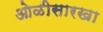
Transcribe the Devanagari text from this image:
ओळीसारखा